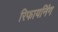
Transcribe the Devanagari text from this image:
रिफायनिंग